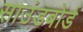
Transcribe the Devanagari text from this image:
साउंडबोर्ड